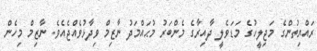
ރައްޔިތުންގެ މަޖިލީހުގެ މަޑަވެލީ ދާއިރާގެ މެންބަރު މުޙައްމަދު ނާޒިމް ވިދާޅުވެއްޖެއެވެ. ނާޒިމް މިހެން